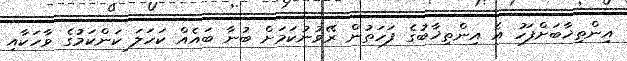
އިންތިޚާބަށްފަހު އެ އިންތިޚާބުގެ ފަހަތުން ރޭވުނުކަމަށް ބުނާ ބައެއް ކަހަލަ ކަންކަމުގެ ވާހަކާއި